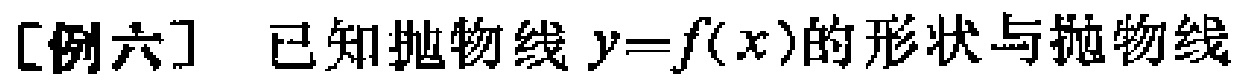
[例六] 已知抛物线 \(y = f(x)\)的形状与抛物线